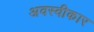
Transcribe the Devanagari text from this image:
अवस्वीकार